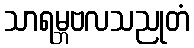
သာရမ္ဘဗလသညုတံ